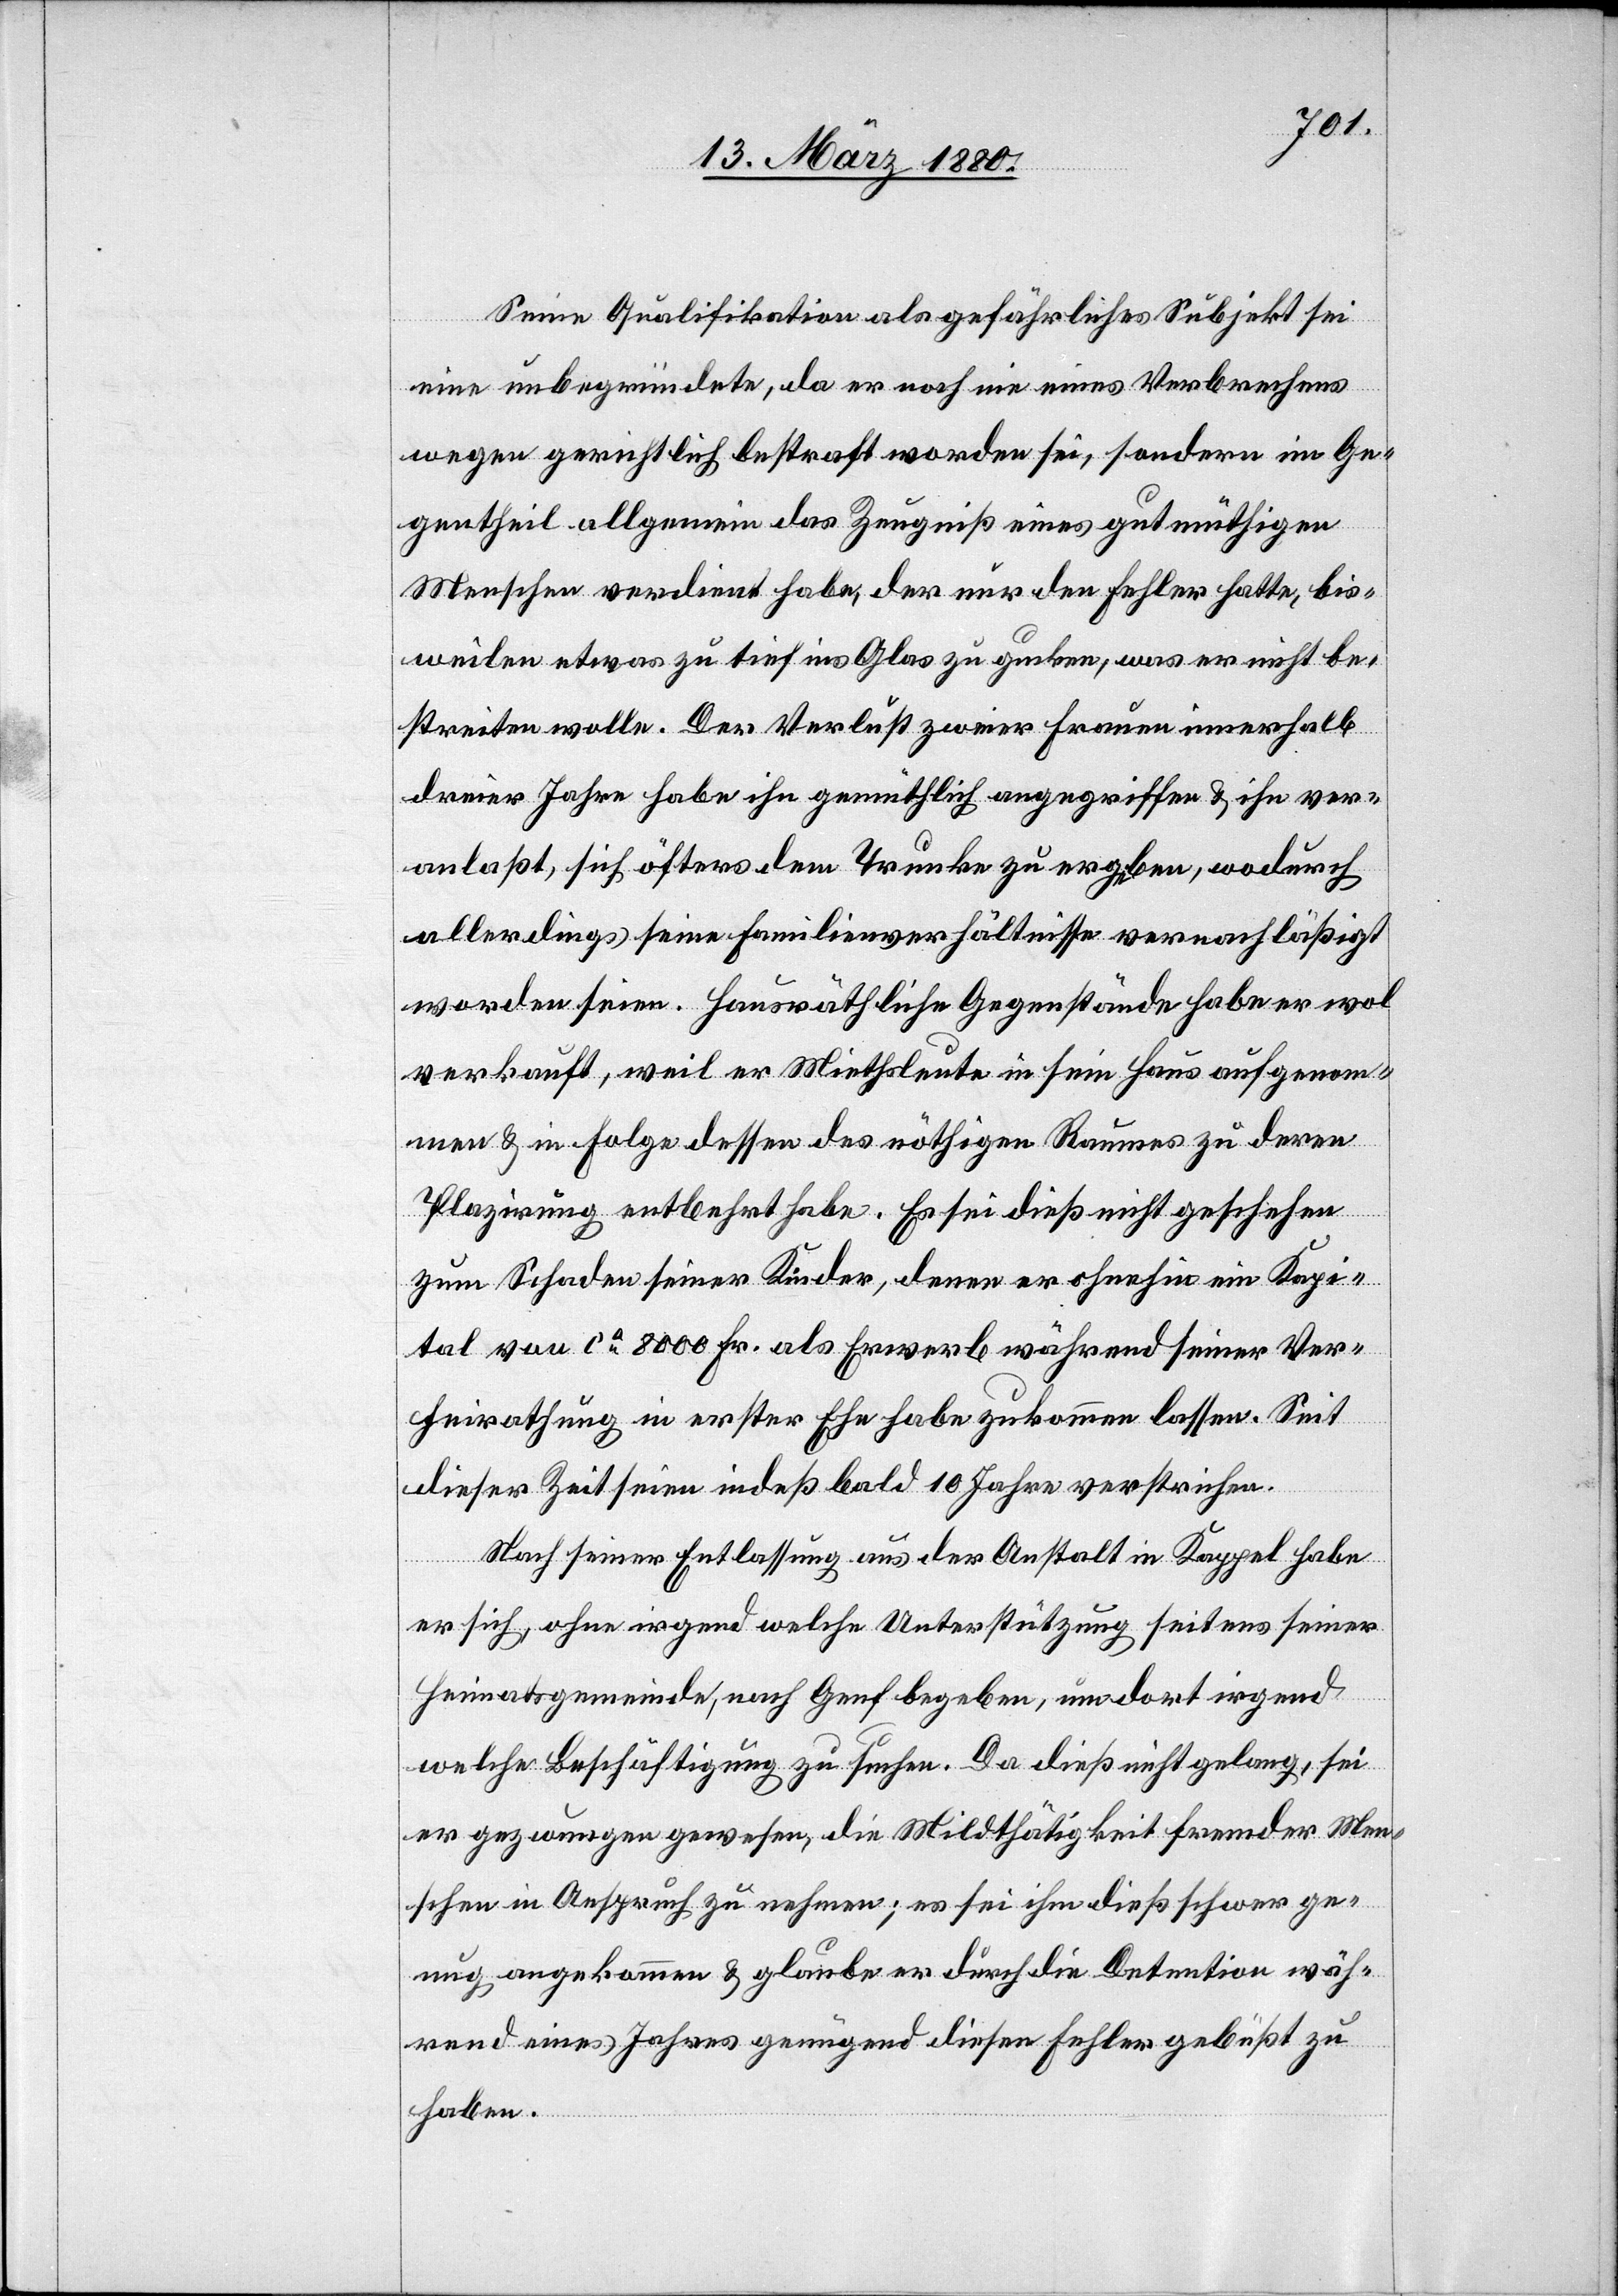
Seine Qualifikation als gefährliches Subjekt sei
eine unbegründete, da er noch nie eines Verbrechens
wegen gerichtlich bestraft worden sei, sondern im Ge¬
gentheil allgemein das Zeugniß eines gutmüthigen
Menschen verdient habe, der nur den Fehler hatte, bis¬
weilen etwas zu tief ins Glas zu gucken, was er nicht be¬
streiten wolle. Der Verlust zweier Frauen innerhalb
dreier Jahre habe ihn gemüthlich angegriffen & ihn ver¬
anlaßt, sich öfters dem Trunke zu ergeben, wodurch
allerdings seine Familienverhältnisse vernachläßigt
worden seien. Hausräthliche Gegenstände habe er wol
verkauft, weil er Miethsleute in sein Haus aufgenom¬
men & in Folge dessen des nöthigen Raumes zu deren
Plazirung entbehrt habe. Es sei dieß nicht geschehen
zum Schaden seiner Kinder, denen er ohnehin ein Kapi¬
tal von ca 8000 Fr. als Erwerb während seiner Ver¬
heirathung in erster Ehe habe zukommen lassen. Seit
dieser Zeit seien indeß bald 10 Jahre verstrichen.
Nach seiner Entlassung aus der Anstalt in Kappel habe
er sich ohne irgend welche Unterstützung seitens seiner
Heimatsgemeinde, nach Genf begeben, um dort irgend
welche Beschäftigung zu suchen. Da dieß nicht gelang, sei
er gezwungen gewesen, die Mildthätigkeit fremder Men¬
schen in Anspruch zu nehmen; es sei ihm dieß schwer ge¬
nug angekommen & glaube er durch die Detention wäh¬
rend eines Jahres genügend diesen Fehler gebüßt zu
haben.